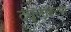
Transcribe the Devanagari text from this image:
ट्यूलाइटस